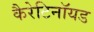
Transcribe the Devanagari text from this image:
कैरेटिनॉयड